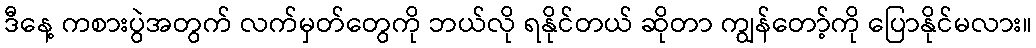
ဒီနေ့ ကစားပွဲအတွက် လက်မှတ်တွေကို ဘယ်လို ရနိုင်တယ် ဆိုတာ ကျွန်တော့်ကို ပြောနိုင်မလား။